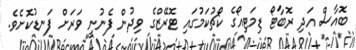
ބޮއާސް އަދި ރޮބާޓޯ ޑިމަޓިއޯގެ ކޯޗުކަމުގައި ޓޮރޭޒްގެ ވިދުން ފެނުނީ ވަރަށް ފަނޑުކޮށެވެ.